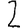
Digit: 2